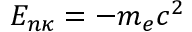
E _ { n \kappa } = - m _ { e } c ^ { 2 }